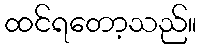
ထင်ရတော့သည်။